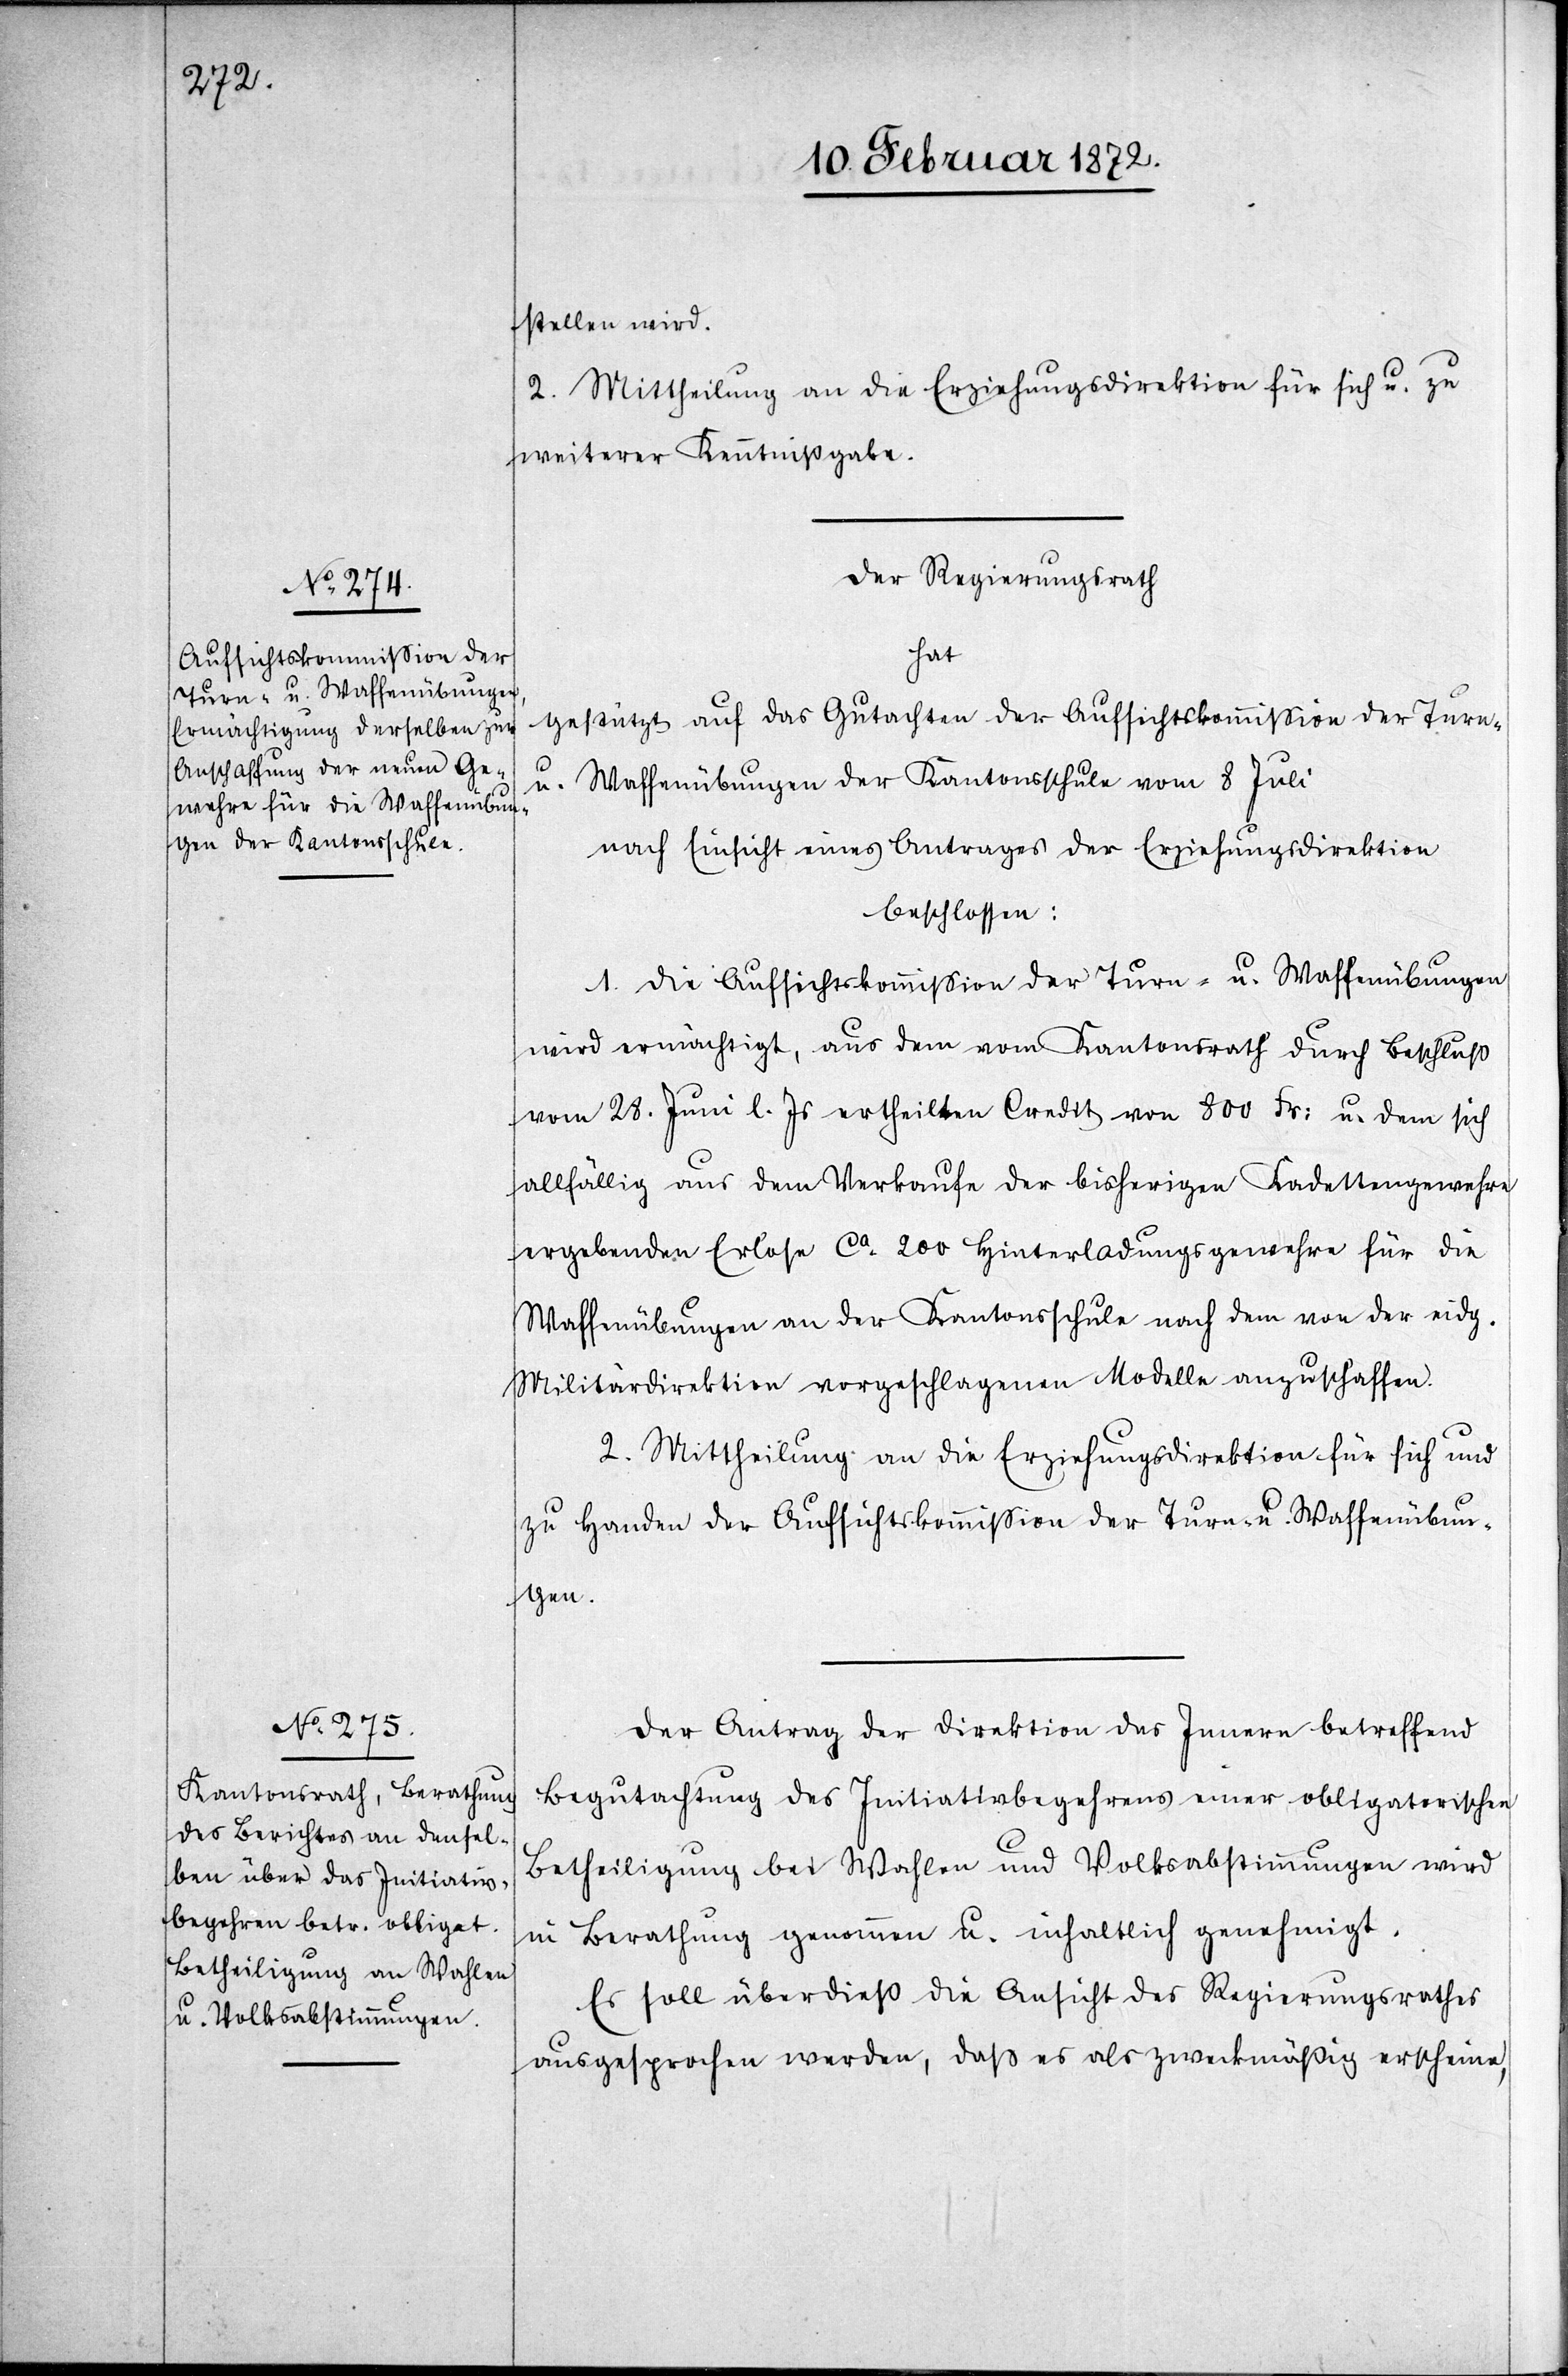
stellen wird.
2. Mittheilung an die Erziehungsdirektion für sich u. zu
weiterer Kenntnißgabe.
Der Regierungsrath
hat
gestützt auf das Gutachten der Aufsichtskommission der Turn-
u. Waffenübungen der Kantonsschule vom 8 Juli
nach Einsicht eines Antrages der Erziehungsdirektion
beschlossen:
1. Die Aufsichtskommission der Turn- u. Waffenübungen
wird ermächtigt, aus dem vom Kantonsrath durch Beschluß
vom 28. Juni l. Js ertheilten Credit von 800 Fr. u. dem sich
allfällig aus dem Verkaufe der bisherigen Kadettengewehre
ergebenden Erlose ca 200 Hinterladungsgewehre für die
Waffenübungen an der Kantonsschule nach dem von der eidg.
Militärdirektion vorgeschlagenen Modelle anzuschaffen.
2. Mittheilung an die Erziehungsdirektion für sich und
zu Handen der Aufsichtskommission der Turn- u. Waffenübun¬
gen.
Der Antrag der Direktion des Innern betreffend
Begutachtung des Initiativbegehrens einer obligatorischen
Betheiligung bei Wahlen und Volksabstimmungen wird
in Berathung genommen u. inhaltlich genehmigt.
Es soll überdieß die Ansicht des Regierungsrathes
ausgesprochen werden, daß es als zweckmäßig erscheine,